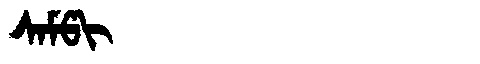
Manchu: ᠰᠠᠮᡦᡳ
Romanization: SAMPI